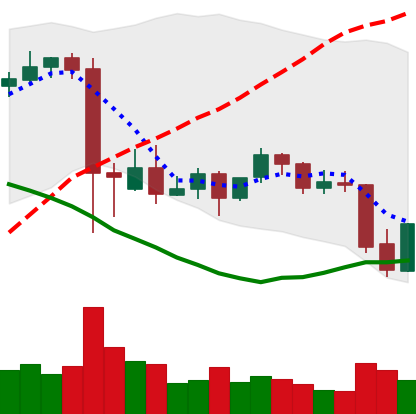
Ticker: BNB-USD
Chart end date: 2021-09-22
Forward return: -11.398%
Label: down_7plus